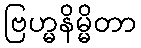
ဗြဟ္မနိမ္မိတာ